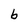
Character: b